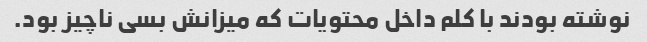
نوشته بودند با کلم داخل محتویات که میزانش بسی ناچیز بود.